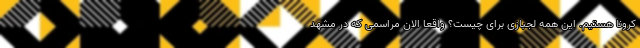
کرونا هستیم. این همه لجبازی برای چیست؟ واقعا الان مراسمی که در مشهد